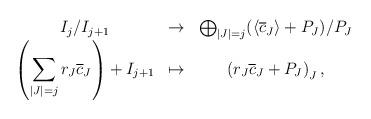
LaTeX: \begin{align*} \begin{array}{ccc}I_j/I_{j+1} &\to &\bigoplus_{|J|=j} (\langle \overline{c}_J \rangle + P_J)/P_J\\\left(\displaystyle\sum_{|J|=j} r_J\overline{c}_J \right) + I_{j+1} & \mapsto & \left(r_J \overline{c}_J + P_J \right)_J,\end{array}\end{align*}